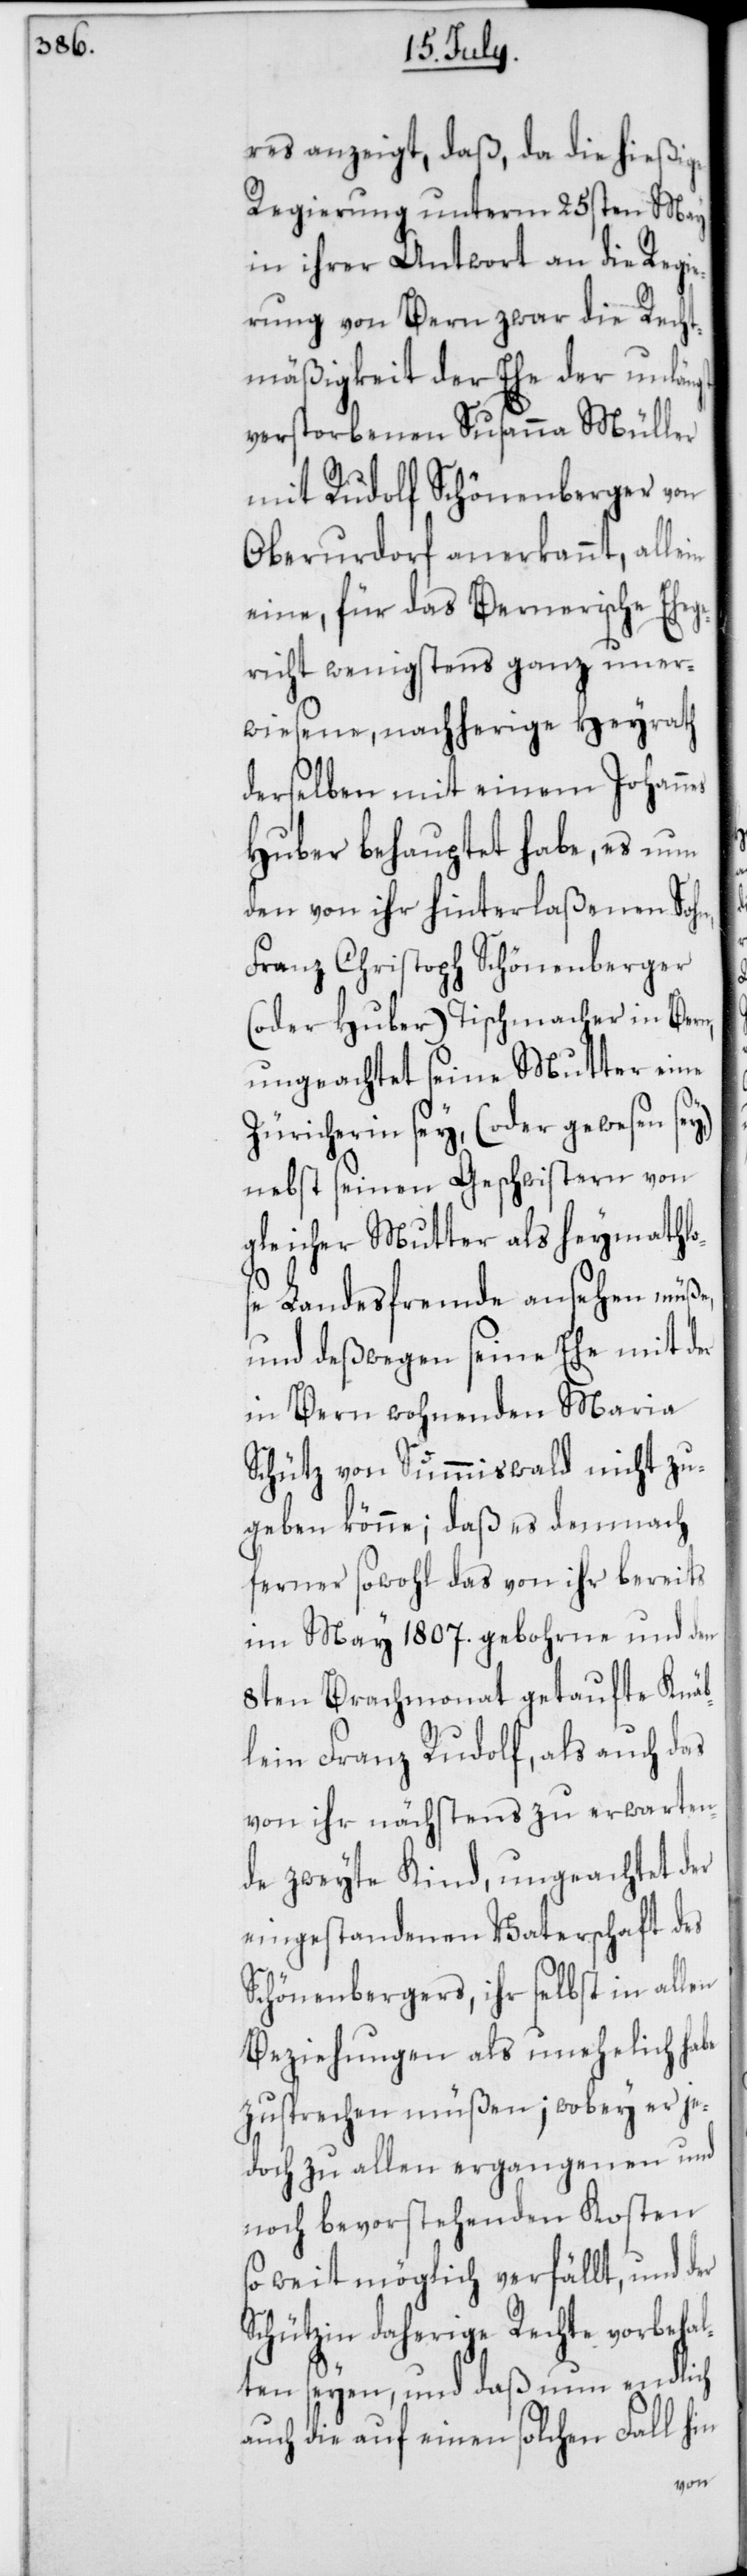
res anzeigt, daß, da die hießige
Regierung unterm 25sten May
in ihrer Antwort an die Regie¬
rung von Bern zwar die Recht¬
mäßigkeit der Ehe der unlängst
verstorbenen Susanna Müller
mit Rudolf Schönenberger von
Oberurdorf anerkannt, allein
eine, für das Bernerische Eheg¬
ericht wenigstens ganz uner¬
wiesene, nachherige Heyrath
derselben mit einem Johannes
Huber behauptet habe, es nun
den von ihr hinterlaßenen Sohn,
Franz Christoph Schönenberger
(oder Huber) Tischmacher in Bern,
ungeachtet seine Mutter eine
Zürcherin sey, (oder gewesen sey)
nebst seinen Geschwistern von
Landesfremde ansehen müße,
und deßwegen seine Ehe mit der
in Bern wohnenden Maria
zugeben könne; daß es demnach
ferner sowohl das von ihr bereits
im May 1807. gebohrne und den
8ten Brachmonat getaufte Knäb¬
lein Franz Rudolf, als auch das
von ihr nächstens zu erwarten¬
de zweyte Kind, ungeachtet der
eingestandenen Vaterschaft des
Schönenbergers, ihr selbst in allen
Beziehungen als unehelich habe
zusprechen müßen; wobey er je¬
doch zu allen ergangenen und
noch bevorstehenden Kosten
so weit möglich verfällt, und der
Schützin daherige Rechte vorbehal¬
ten seyen, und daß nun endlich
auch die auf einen solchen Fall hin
von